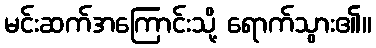
မင်းဆက်အကြောင်းသို့ ရောက်သွား၏။